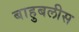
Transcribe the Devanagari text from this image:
बाहुबलीस